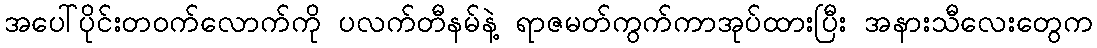
အပေါ်ပိုင်းတဝက်လောက်ကို ပလက်တီနမ်နဲ့ ရာဇမတ်ကွက်ကာအုပ်ထားပြီး အနားသီလေးတွေက